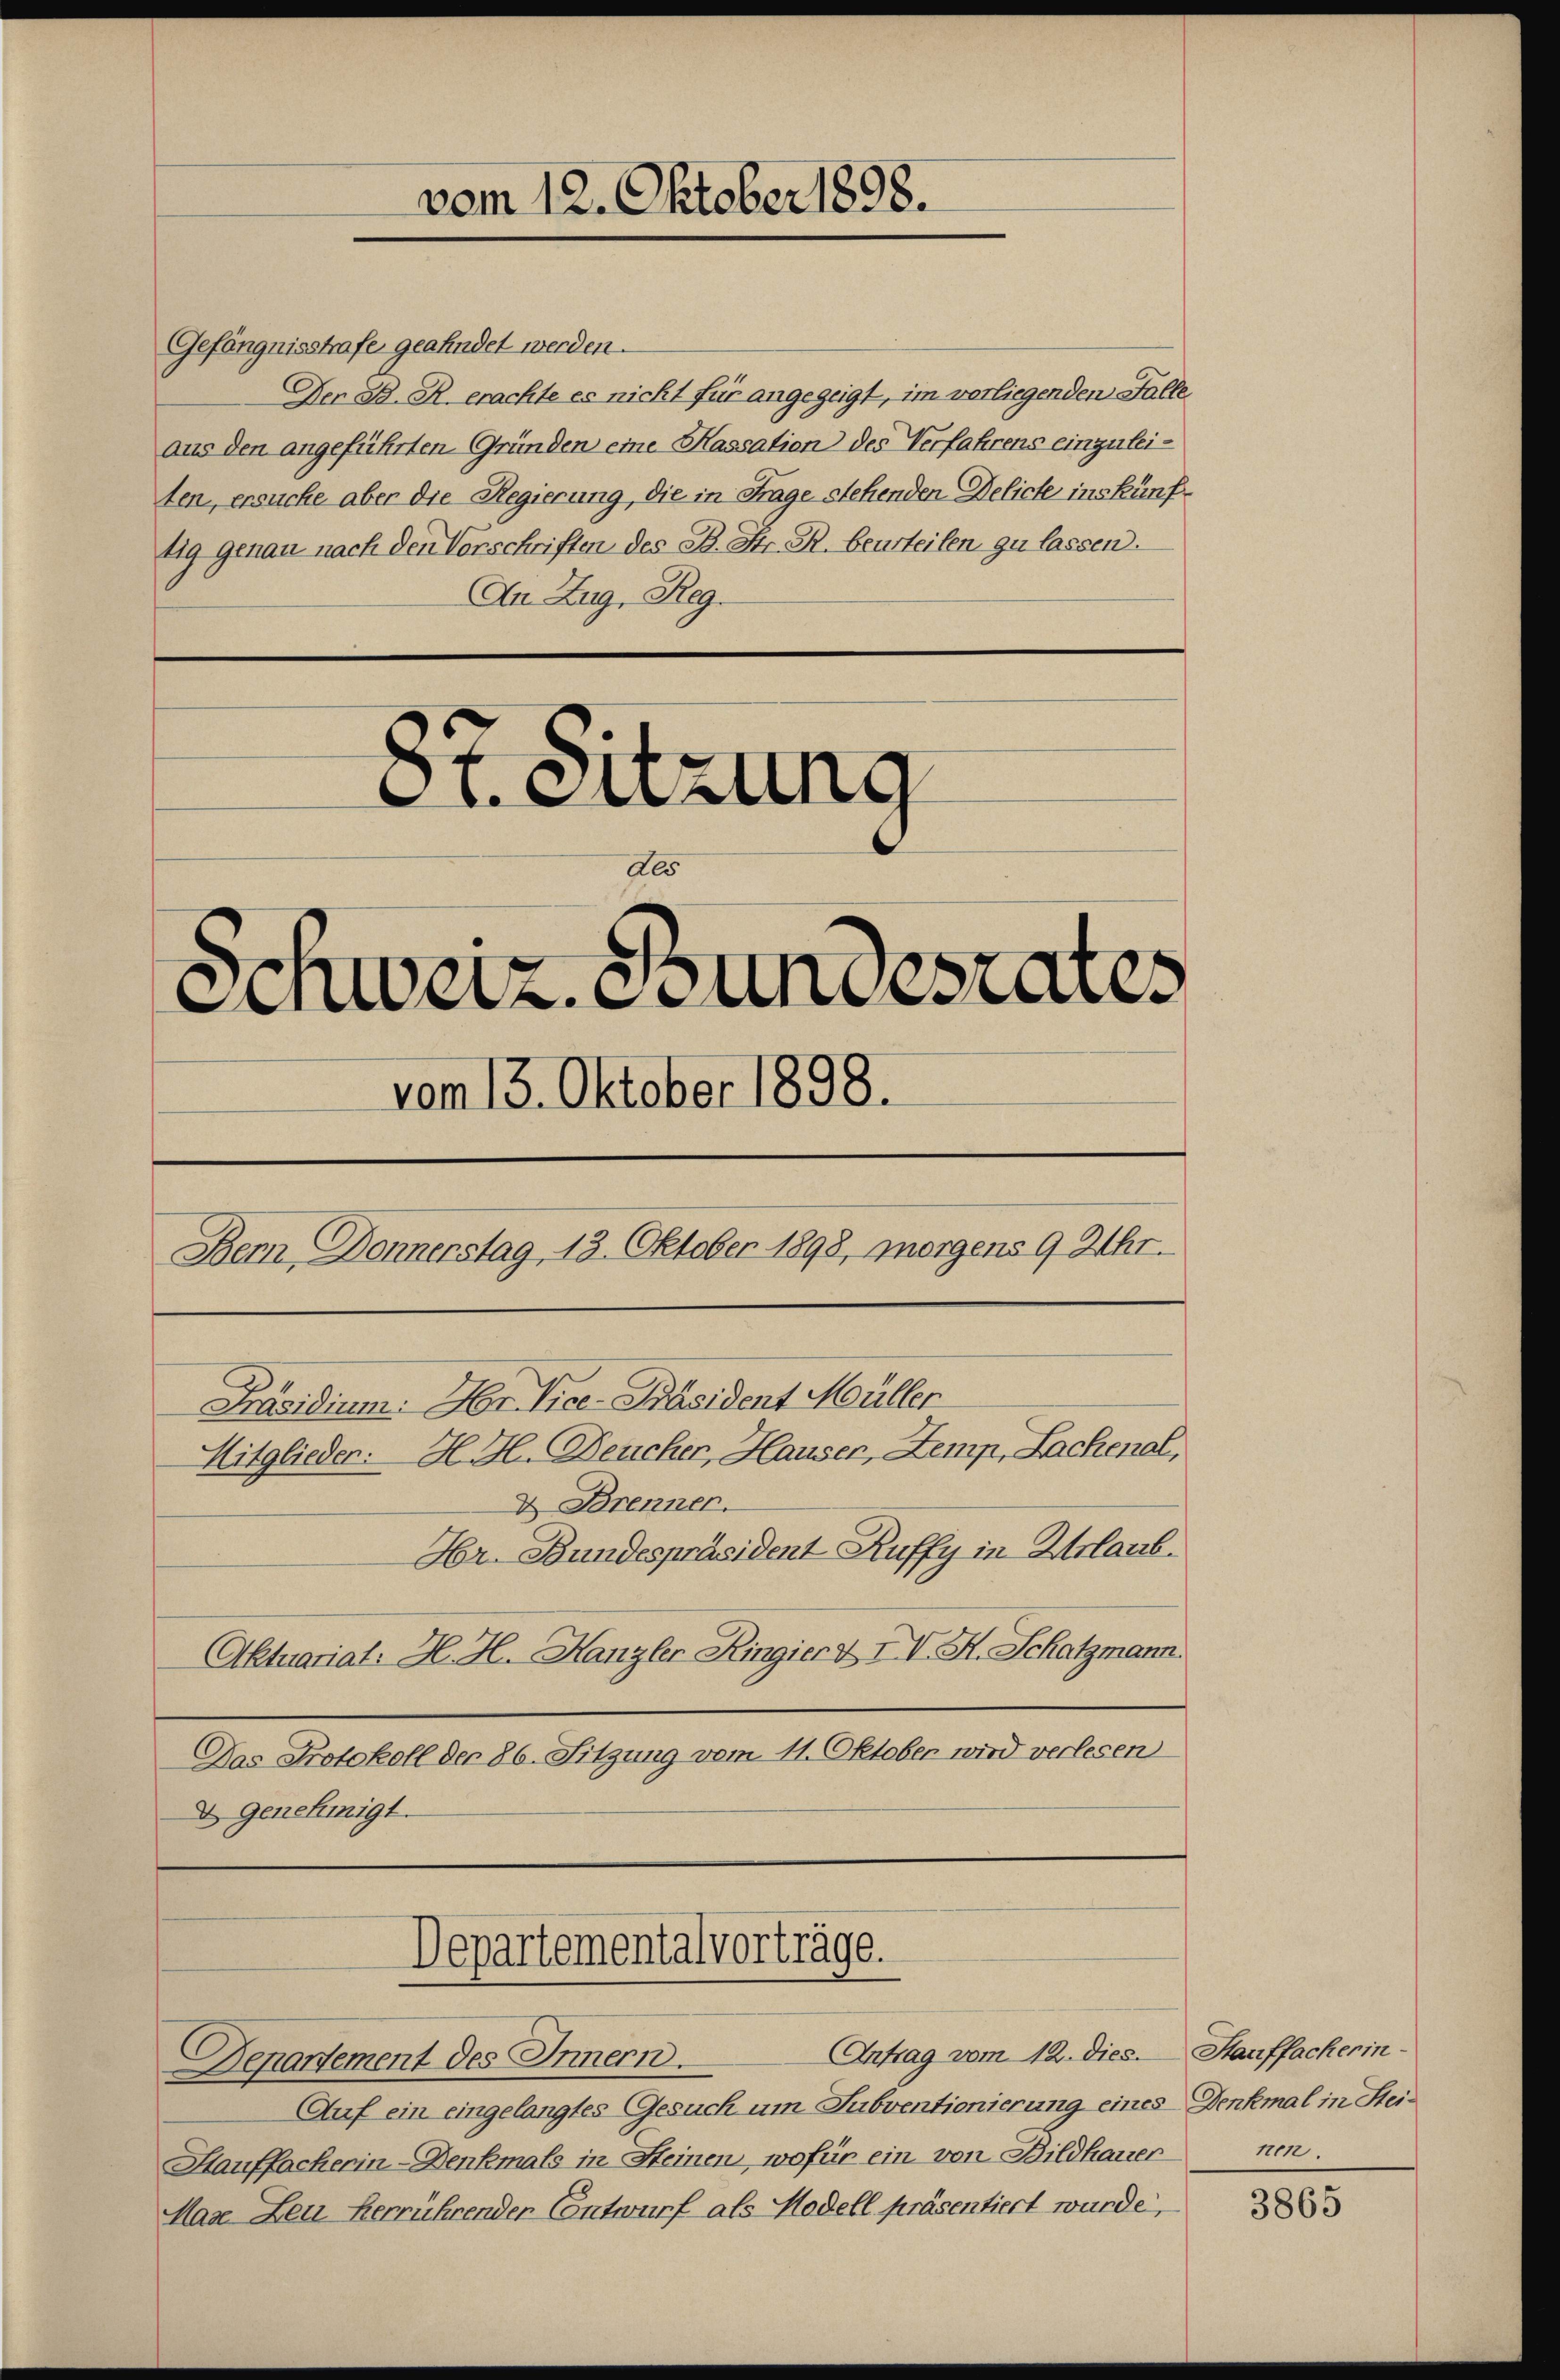
Gefängnisstrafe geahndet werden.
Der B. R. erachte es nicht für angezeigt, im verliegenden Falle
aus den angeführten Gründen eine Kassation des Verfahrens einzuleiten, ersuche aber die Regierung, die in Frage stehenden Delicte inskünftig genau nach den Vorschriften des B. Str. R. beurteilen zu lassen.
An Zug, Reg.
87. Sitzung
des

Schweiz. Bundesrates
vom 13. Oktober 1898.
Bern Donnerstag 13. Oktober 1898, morgens 9 Uhr.
Präsidium. Hr. Vice-Präsident Müller
Mitglieden. H. H. Deucher, Hauser, Zemp, Lachenal,
D Brenner.
Hr. Bundespräsident Ruffy in Urlaub.
Aktuariat. H. H. Kanzler Ringier & IV. H. Schatzmann.

vom 12. Oktober 1898.

Departementalvorträge.
Departement des Innern.

Das Protokoll der 86. Sitzung vom 11. Oktober wird verlesen
D. Genehmigt.

Antrag vom 12. dies
Auf ein eingelangtes Gesuch um Subventionierung eines Denkmal in Stei¬
Hauffacherin-Denkmals in Steinen, wofür ein von Bildhauer nen
Mase Leu herrührender Contwurf als Modell präsentiert wurde,

Stauffacherin¬

3865